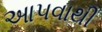
આ૫વાથી